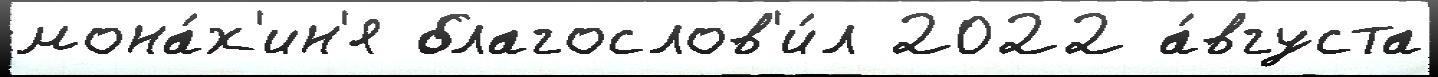
мона́х'ин'я благослов'и́л 2022 а́вгуста